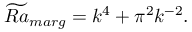
\widetilde { R a } _ { m a r g } = k ^ { 4 } + \pi ^ { 2 } k ^ { - 2 } .